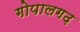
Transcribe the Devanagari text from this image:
गोपालगढ़